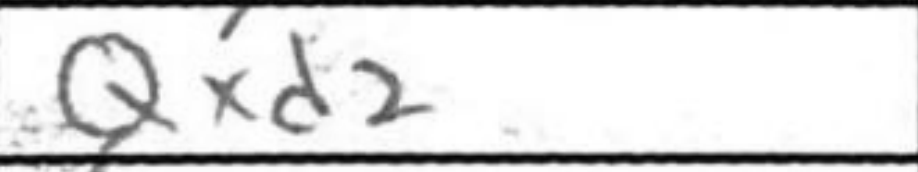
Transcription: Qxd2